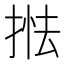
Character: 𢯖